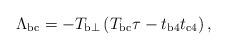
LaTeX: \begin{align*}\Lambda_{\rm{bc}}=-T_{{\rm b}\perp}\left(T_{\rm{bc}}\tau-t_{\rm{b4}}t_{\rm{c4}}\right) ,\end{align*}